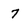
Character: 7